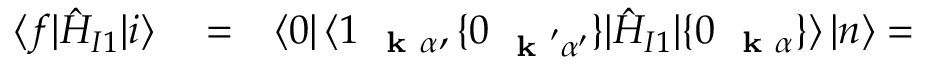
\begin{array} { r l r } { \langle f | \hat { H } _ { I 1 } | i \rangle } & { { } = } & { \langle 0 | \, \langle 1 _ { \mathrm { ~ \bf ~ k ~ } \alpha } , \{ 0 _ { \mathrm { ~ \bf ~ k ~ } ^ { \prime } \alpha ^ { \prime } } \} | \hat { H } _ { I 1 } | \{ 0 _ { \mathrm { ~ \bf ~ k ~ } \alpha } \} \rangle \, | n \rangle = } \end{array}